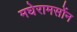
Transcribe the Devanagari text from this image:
मघेरामसोंन